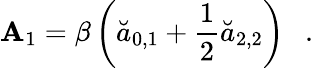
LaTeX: \mathbf{A}_{1}=\beta\left(\breve{{a}}_{0,1}+\frac{1}{2}\breve{{a}}_{2,2}\right)~~~.